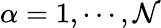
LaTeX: \alpha=1,\cdots,\mathcal{N}